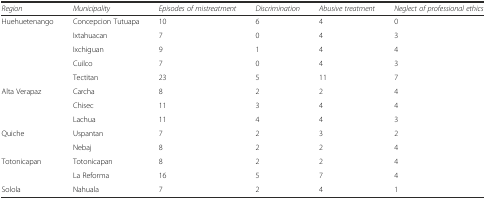
<table><thead><tr><td><b><i>Region</i></b></td><td><b><i>Municipality</i></b></td><td><b><i>Episodes of mistreatment</i></b></td><td><b><i>Discrimination</i></b></td><td><b><i>Abusive treatment</i></b></td><td><b><i>Neglect of professional ethics</i></b></td></tr></thead><tbody><tr><td rowspan="5">Huehuetenango</td><td>Concepcion Tutuapa</td><td>10</td><td>6</td><td>4</td><td>0</td></tr><tr><td>Ixtahuacan</td><td>7</td><td>0</td><td>4</td><td>3</td></tr><tr><td>Ixchiguan</td><td>9</td><td>1</td><td>4</td><td>4</td></tr><tr><td>Cuilco</td><td>7</td><td>0</td><td>4</td><td>3</td></tr><tr><td>Tectitan</td><td>23</td><td>5</td><td>11</td><td>7</td></tr><tr><td rowspan="3">Alta Verapaz</td><td>Carcha</td><td>8</td><td>2</td><td>2</td><td>4</td></tr><tr><td>Chisec</td><td>11</td><td>3</td><td>4</td><td>4</td></tr><tr><td>Lachua</td><td>11</td><td>4</td><td>4</td><td>3</td></tr><tr><td rowspan="2">Quiche</td><td>Uspantan</td><td>7</td><td>2</td><td>3</td><td>2</td></tr><tr><td>Nebaj</td><td>8</td><td>2</td><td>2</td><td>4</td></tr><tr><td rowspan="2">Totonicapan</td><td>Totonicapan</td><td>8</td><td>2</td><td>2</td><td>4</td></tr><tr><td>La Reforma</td><td>16</td><td>5</td><td>7</td><td>4</td></tr><tr><td>Solola</td><td>Nahuala</td><td>7</td><td>2</td><td>4</td><td>1</td></tr></tbody></table>